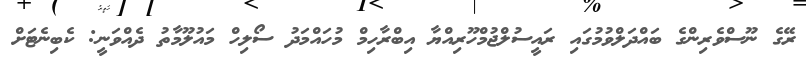
ރޭގެ ނޫސްވެރިންގެ ބައްދަލްވުމުގައި ރައީސުލްޖުމްހޫރިއްޔާ އިބްރާހިމް މުހައްމަދު ސޯލިހް މައުލޫމާތު ދެއްވަނީ: ކެބިނެޓަށް